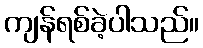
ကျန်ရစ်ခဲ့ပါသည်။